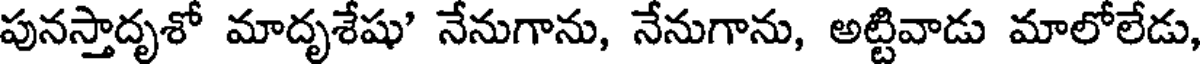
పునస్తాదృశో మాదృశేషు' నేనుగాను, నేనుగాను, అట్టివాడు మాలోలేడు,